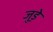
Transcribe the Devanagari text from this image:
जुड़े़